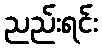
ညည်းရင်း